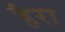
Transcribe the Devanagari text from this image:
हैरा